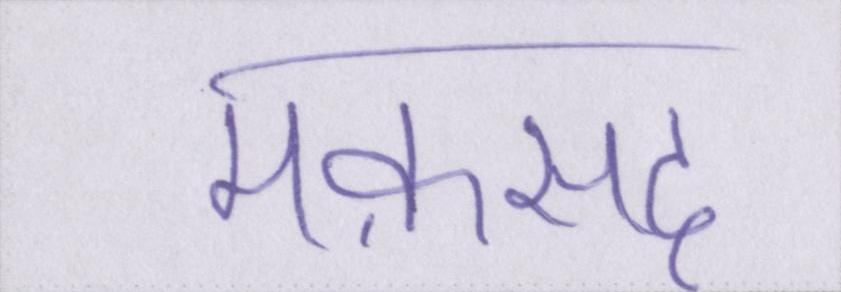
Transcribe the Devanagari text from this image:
मक़सद